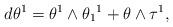
LaTeX: \begin{align*}d\theta ^{1}& =\theta ^{1}\wedge \theta _{1}{}^{1}+\theta \wedge \tau ^{1}, \\\end{align*}